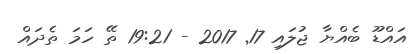
އައްޑޫ ބެއްޔާ ޖުލައި 17